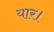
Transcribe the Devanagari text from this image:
यार।